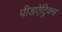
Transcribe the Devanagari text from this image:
पीडऐट्रिक्स